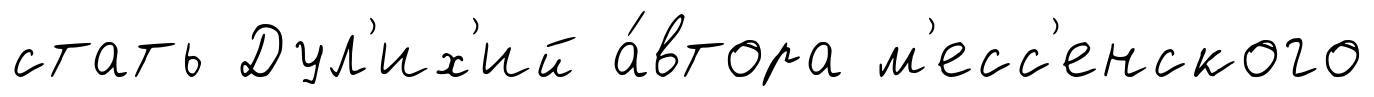
стать Дул'их'ий а́втора м'есс'енского